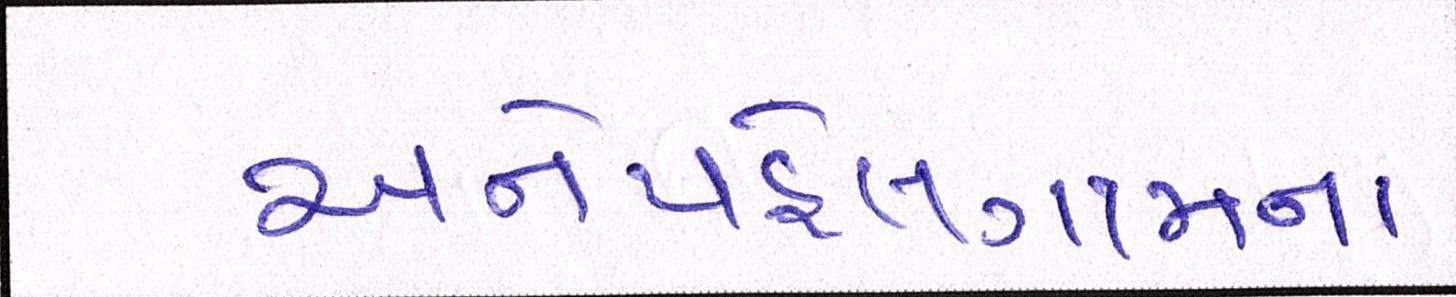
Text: અનેપહેલગામના